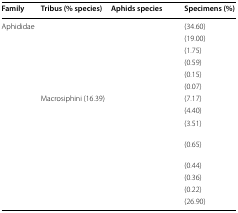
<table><thead><tr><td><b>Family</b></td><td><b>Tribus (% species)</b></td><td><b>Aphids species</b></td><td><b>Specimens (%)</b></td></tr></thead><tbody><tr><td>Aphididae</td><td>[EMPTY_CELL]</td><td>[EMPTY_CELL]</td><td>(34.60)</td></tr><tr><td>[EMPTY_CELL]</td><td>[EMPTY_CELL]</td><td>[EMPTY_CELL]</td><td>(19.00)</td></tr><tr><td>[EMPTY_CELL]</td><td>[EMPTY_CELL]</td><td>[EMPTY_CELL]</td><td>(1.75)</td></tr><tr><td>[EMPTY_CELL]</td><td>[EMPTY_CELL]</td><td>[EMPTY_CELL]</td><td>(0.59)</td></tr><tr><td>[EMPTY_CELL]</td><td>[EMPTY_CELL]</td><td>[EMPTY_CELL]</td><td>(0.15)</td></tr><tr><td>[EMPTY_CELL]</td><td>[EMPTY_CELL]</td><td>[EMPTY_CELL]</td><td>(0.07)</td></tr><tr><td>[EMPTY_CELL]</td><td>Macrosiphini (16.39)</td><td>[EMPTY_CELL]</td><td>(7.17)</td></tr><tr><td>[EMPTY_CELL]</td><td>[EMPTY_CELL]</td><td>[EMPTY_CELL]</td><td>(4.40)</td></tr><tr><td>[EMPTY_CELL]</td><td>[EMPTY_CELL]</td><td>[EMPTY_CELL]</td><td>(3.51)</td></tr><tr><td>[EMPTY_CELL]</td><td>[EMPTY_CELL]</td><td>[EMPTY_CELL]</td><td>(0.65)</td></tr><tr><td>[EMPTY_CELL]</td><td>[EMPTY_CELL]</td><td>[EMPTY_CELL]</td><td>(0.44)</td></tr><tr><td>[EMPTY_CELL]</td><td>[EMPTY_CELL]</td><td>[EMPTY_CELL]</td><td>(0.36)</td></tr><tr><td>[EMPTY_CELL]</td><td>[EMPTY_CELL]</td><td>[EMPTY_CELL]</td><td>(0.22)</td></tr><tr><td>[EMPTY_CELL]</td><td>[EMPTY_CELL]</td><td>[EMPTY_CELL]</td><td>(26.90)</td></tr></tbody></table>